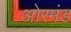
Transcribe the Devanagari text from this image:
ओरमंड